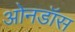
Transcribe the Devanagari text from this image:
ओनडॉस